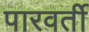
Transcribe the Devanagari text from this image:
पारवर्ती